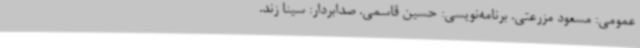
عمومی: مسعود مزرعتی. برنامه‌نویسی: حسین قاسمی. صدابردار: سینا زند.